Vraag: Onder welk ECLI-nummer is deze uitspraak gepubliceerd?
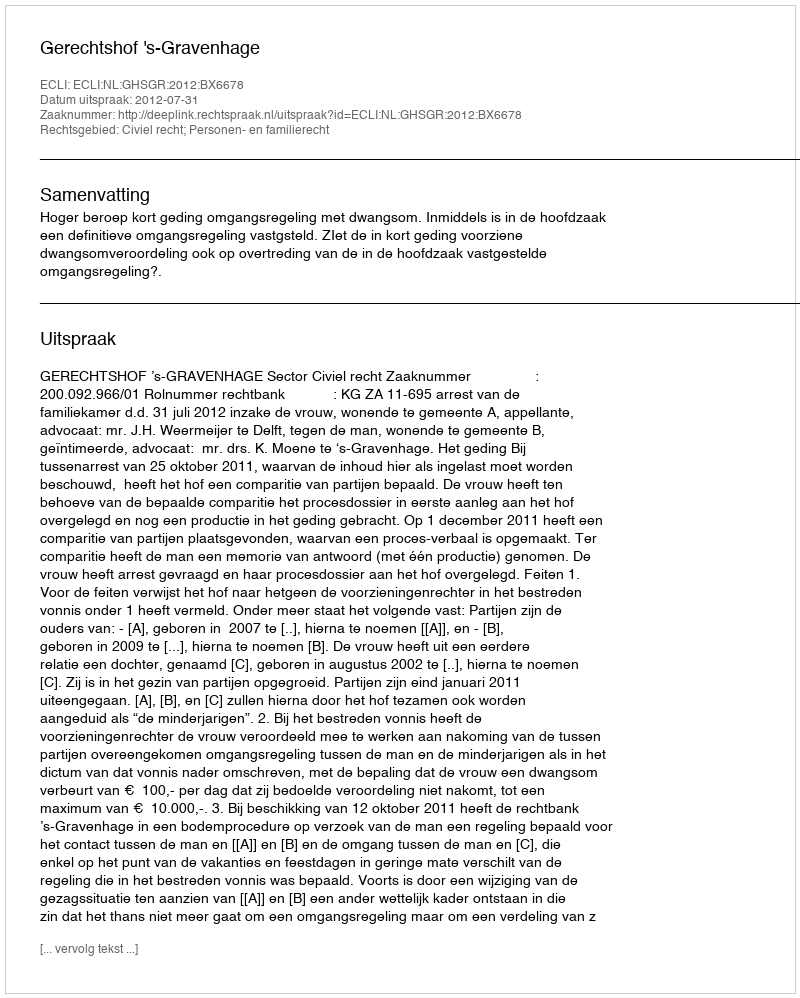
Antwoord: ECLI:NL:GHSGR:2012:BX6678